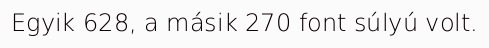
Egyik 628, a másik 270 font súlyú volt.